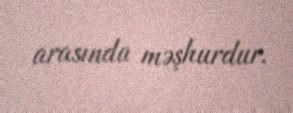
arasında məşhurdur.